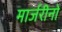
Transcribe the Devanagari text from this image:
मार्जरीनों